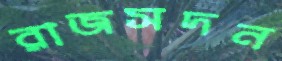
রাজসদন